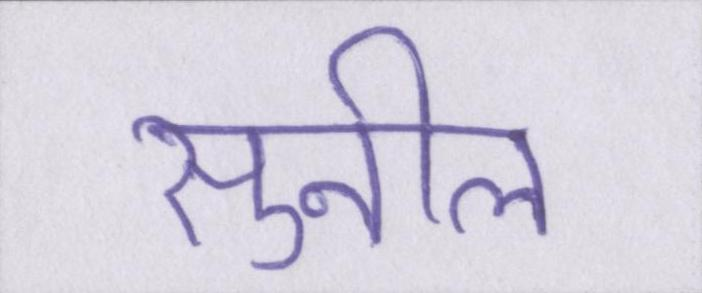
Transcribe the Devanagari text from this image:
सुनील